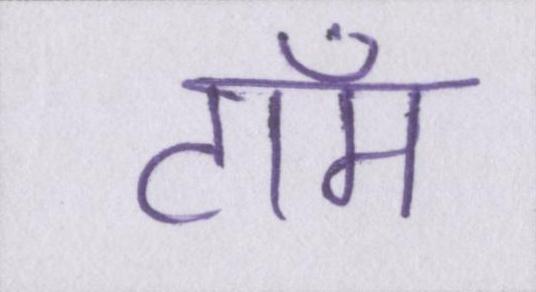
टॉम